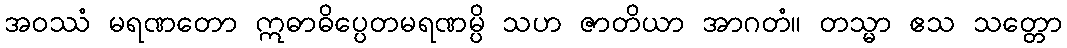
အဝဿံ မရဏတော ဣဓာဓိပ္ပေတမရဏမ္ပိ သဟ ဇာတိယာ အာဂတံ။ တသ္မာ ဧသ သတ္တော